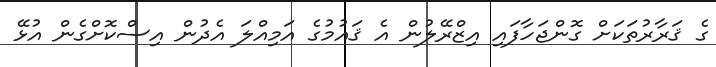
ގެ ޤަރާރުތަކަށް ގޮންޖަހާފައި އިޒްރޭލުން އެ ޤައުމުގެ އަމިއްލަ އެދުން އިސްކޮށްގެން އުޅޭ